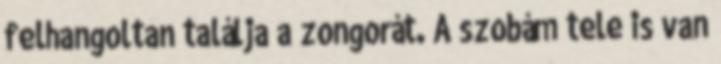
felhangoltan találja a zongorát. A szobám tele is van